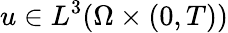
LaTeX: u\in L^{3}(\Omega\times(0,T))